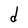
Character: d